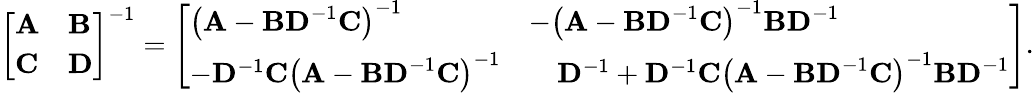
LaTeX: {\left[\begin{array}{ll}{\mathbf{A}}&{\mathbf{B}}\\ {\mathbf{C}}&{\mathbf{D}}\end{array}\right]}^{-1}={\left[\begin{array}{ll}{\left(\mathbf{A}-\mathbf{BD}^{-1}\mathbf{C}\right)^{-1}}&{-\left(\mathbf{A}-\mathbf{BD}^{-1}\mathbf{C}\right)^{-1}\mathbf{BD}^{-1}}\\ {-\mathbf{D}^{-1}\mathbf{C}\left(\mathbf{A}-\mathbf{BD}^{-1}\mathbf{C}\right)^{-1}}&{\quad\mathbf{D}^{-1}+\mathbf{D}^{-1}\mathbf{C}\left(\mathbf{A}-\mathbf{BD}^{-1}\mathbf{C}\right)^{-1}\mathbf{BD}^{-1}}\end{array}\right]}.